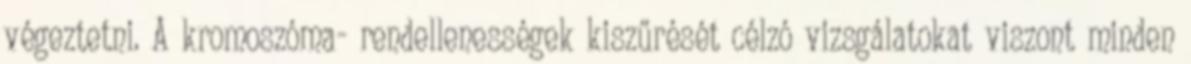
végeztetni. A kromoszóma- rendellenességek kiszűrését célzó vizsgálatokat viszont minden